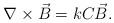
LaTeX: \begin{align*}\nabla\times\vec{B} = k C \vec{B} .\end{align*}